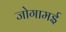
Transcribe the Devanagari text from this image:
जोगामई